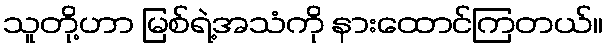
သူတို့ဟာ မြစ်ရဲ့အသံကို နားထောင်ကြတယ်။